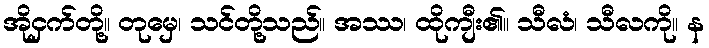
အိုငှက်တို့။ တုမှေ၊ သင်တို့သည်။ အဿ၊ ထိုကျီး၏။ သီလံ၊ သီလကို။ န